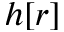
h [ r ]